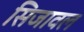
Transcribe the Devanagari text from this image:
सिजावल